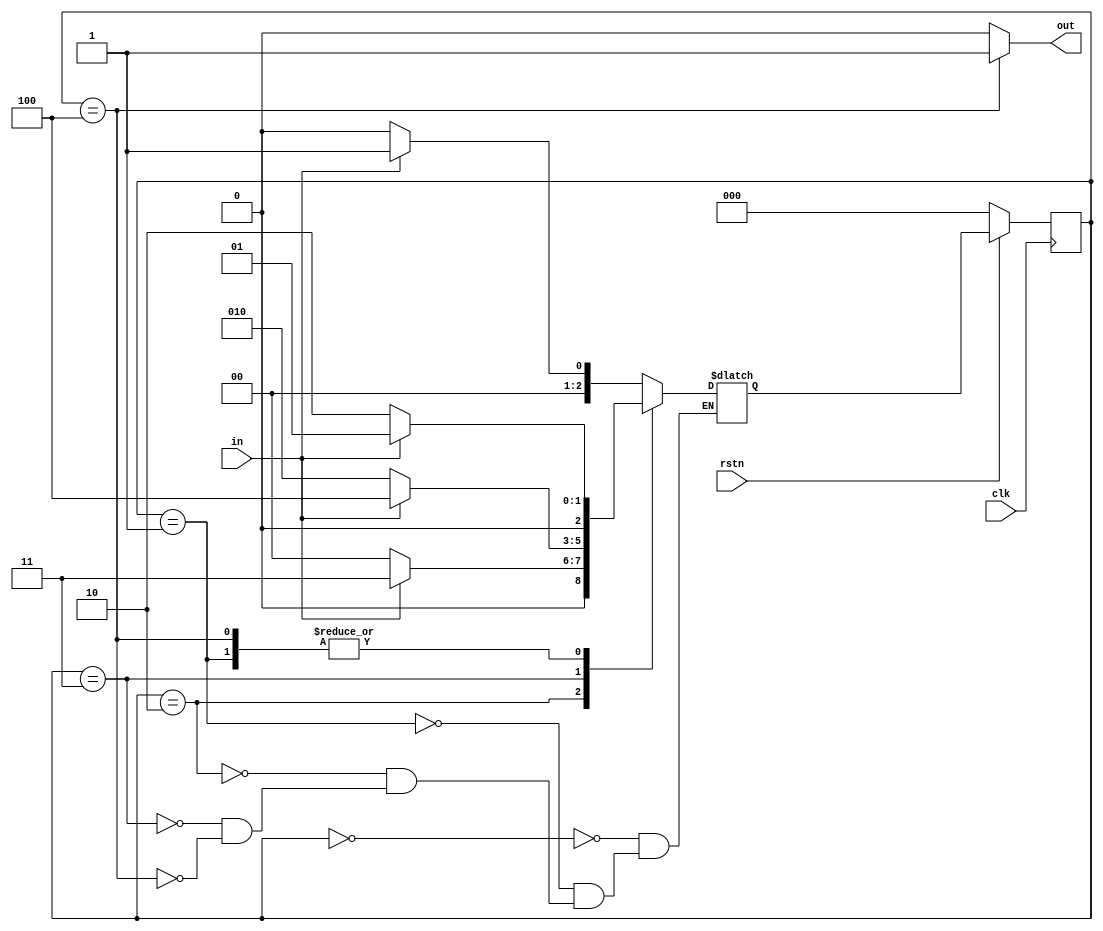
module det_1011 ( input clk,
                  input rstn,
                  input in,
                  output out );
    
    parameter IDLE 	= 0,
    			S1 		= 1,
    			S10 	= 2,
    			S101 	= 3,
    			S1011 	= 4;
    
    reg [2:0] cur_state, next_state;
    
    assign out = cur_state == S1011 ? 1 : 0;
    
    always @ (posedge clk) begin
        if (!rstn)
            cur_state <= IDLE;
         else 
         	cur_state <= next_state;
    end
    
    always @ (cur_state or in) begin
        case (cur_state)
            IDLE : begin
                if (in) next_state = S1;
                else next_state = IDLE;
            end
            
            S1: begin
                if (in) next_state = S1; 		// Fix for bug found in v1.0
                else 	next_state = S10;
            end
            
            S10 : begin
                if (in) next_state = S101;
                else 	next_state = IDLE;
            end
            
            S101 : begin
                if (in) next_state = S1011;
		else 	next_state = S10; 		// Fix for bug found in v1.1
            end
            
            S1011: begin
                if (in) next_state = S1; 		// Fix for bug found in v1.2
                // Designer forgot again that if next input is 0
                // then pattern still matches "10" and should
                // go to S10 instead of IDLE.
                else next_state = S10; 		// Fix for bug found in v1.3
            end
        endcase
    end
endmodule